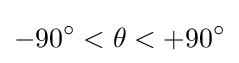
-90^{\circ }<\theta <+90^{\circ }